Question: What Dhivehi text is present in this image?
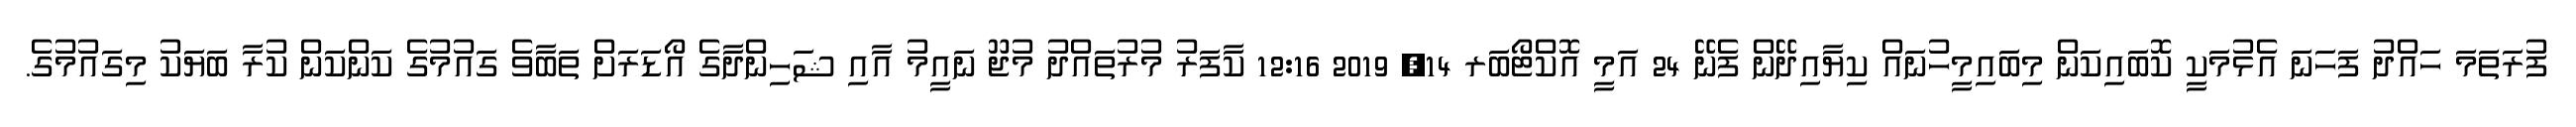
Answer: ފުރަތަމަ ހައްދު ފަހަނަ އެޅުމަކީ ކޮބައިކަން މިބައިމީހުނައް ކިޔާއިދޭން ފެނޭ 24 އަމީ އޮކްޓޯބަރ 14, 2019 12:16 ކާފަރު މުރުތައްދު މުޖޫ ނައީމު އާއި ޝަހިންދާގެ އޯޑަރަށް ތަބާވެ ގައުމުގެ ކަންކަން ކުރާ ބަޔަކު މިގައުމުގެ.